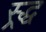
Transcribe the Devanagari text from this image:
स्र्द्ध